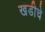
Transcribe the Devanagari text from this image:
खडीचे